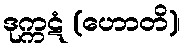
ဒုက္ကဋံ (ဟောတိ)၊